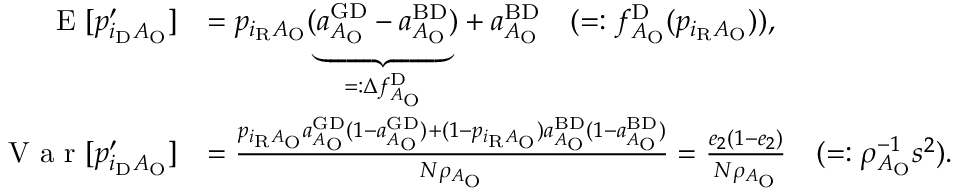
\begin{array} { r l } { \textrm { E } [ p _ { i _ { \mathrm { D } } A _ { \mathrm { O } } } ^ { \prime } ] } & { = p _ { i _ { \mathrm { R } } A _ { \mathrm { O } } } ( \underbrace { a _ { A _ { \mathrm { O } } } ^ { \mathrm { G D } } - a _ { A _ { \mathrm { O } } } ^ { \mathrm { B D } } } _ { = : \Delta f _ { A _ { \mathrm { O } } } ^ { \mathrm { D } } } ) + a _ { A _ { \mathrm { O } } } ^ { \mathrm { B D } } \quad ( = : f _ { A _ { \mathrm { O } } } ^ { \mathrm { D } } ( p _ { i _ { \mathrm { R } } A _ { \mathrm { O } } } ) ) , } \\ { \textrm { V a r } [ p _ { i _ { \mathrm { D } } A _ { \mathrm { O } } } ^ { \prime } ] } & { = \frac { p _ { i _ { \mathrm { R } } A _ { \mathrm { O } } } a _ { A _ { \mathrm { O } } } ^ { \mathrm { G D } } ( 1 - a _ { A _ { \mathrm { O } } } ^ { \mathrm { G D } } ) + ( 1 - p _ { i _ { \mathrm { R } } A _ { \mathrm { O } } } ) a _ { A _ { \mathrm { O } } } ^ { \mathrm { B D } } ( 1 - a _ { A _ { \mathrm { O } } } ^ { \mathrm { B D } } ) } { N \rho _ { A _ { \mathrm { O } } } } = \frac { e _ { 2 } ( 1 - e _ { 2 } ) } { N \rho _ { A _ { \mathrm { O } } } } \quad ( = : \rho _ { A _ { \mathrm { O } } } ^ { - 1 } s ^ { 2 } ) . } \end{array}